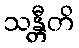
သန္တီတိ